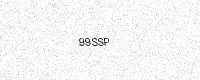
Text: 99SSP